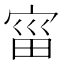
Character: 𫳗